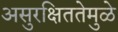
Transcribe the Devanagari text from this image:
असुरक्षिततेमुळे